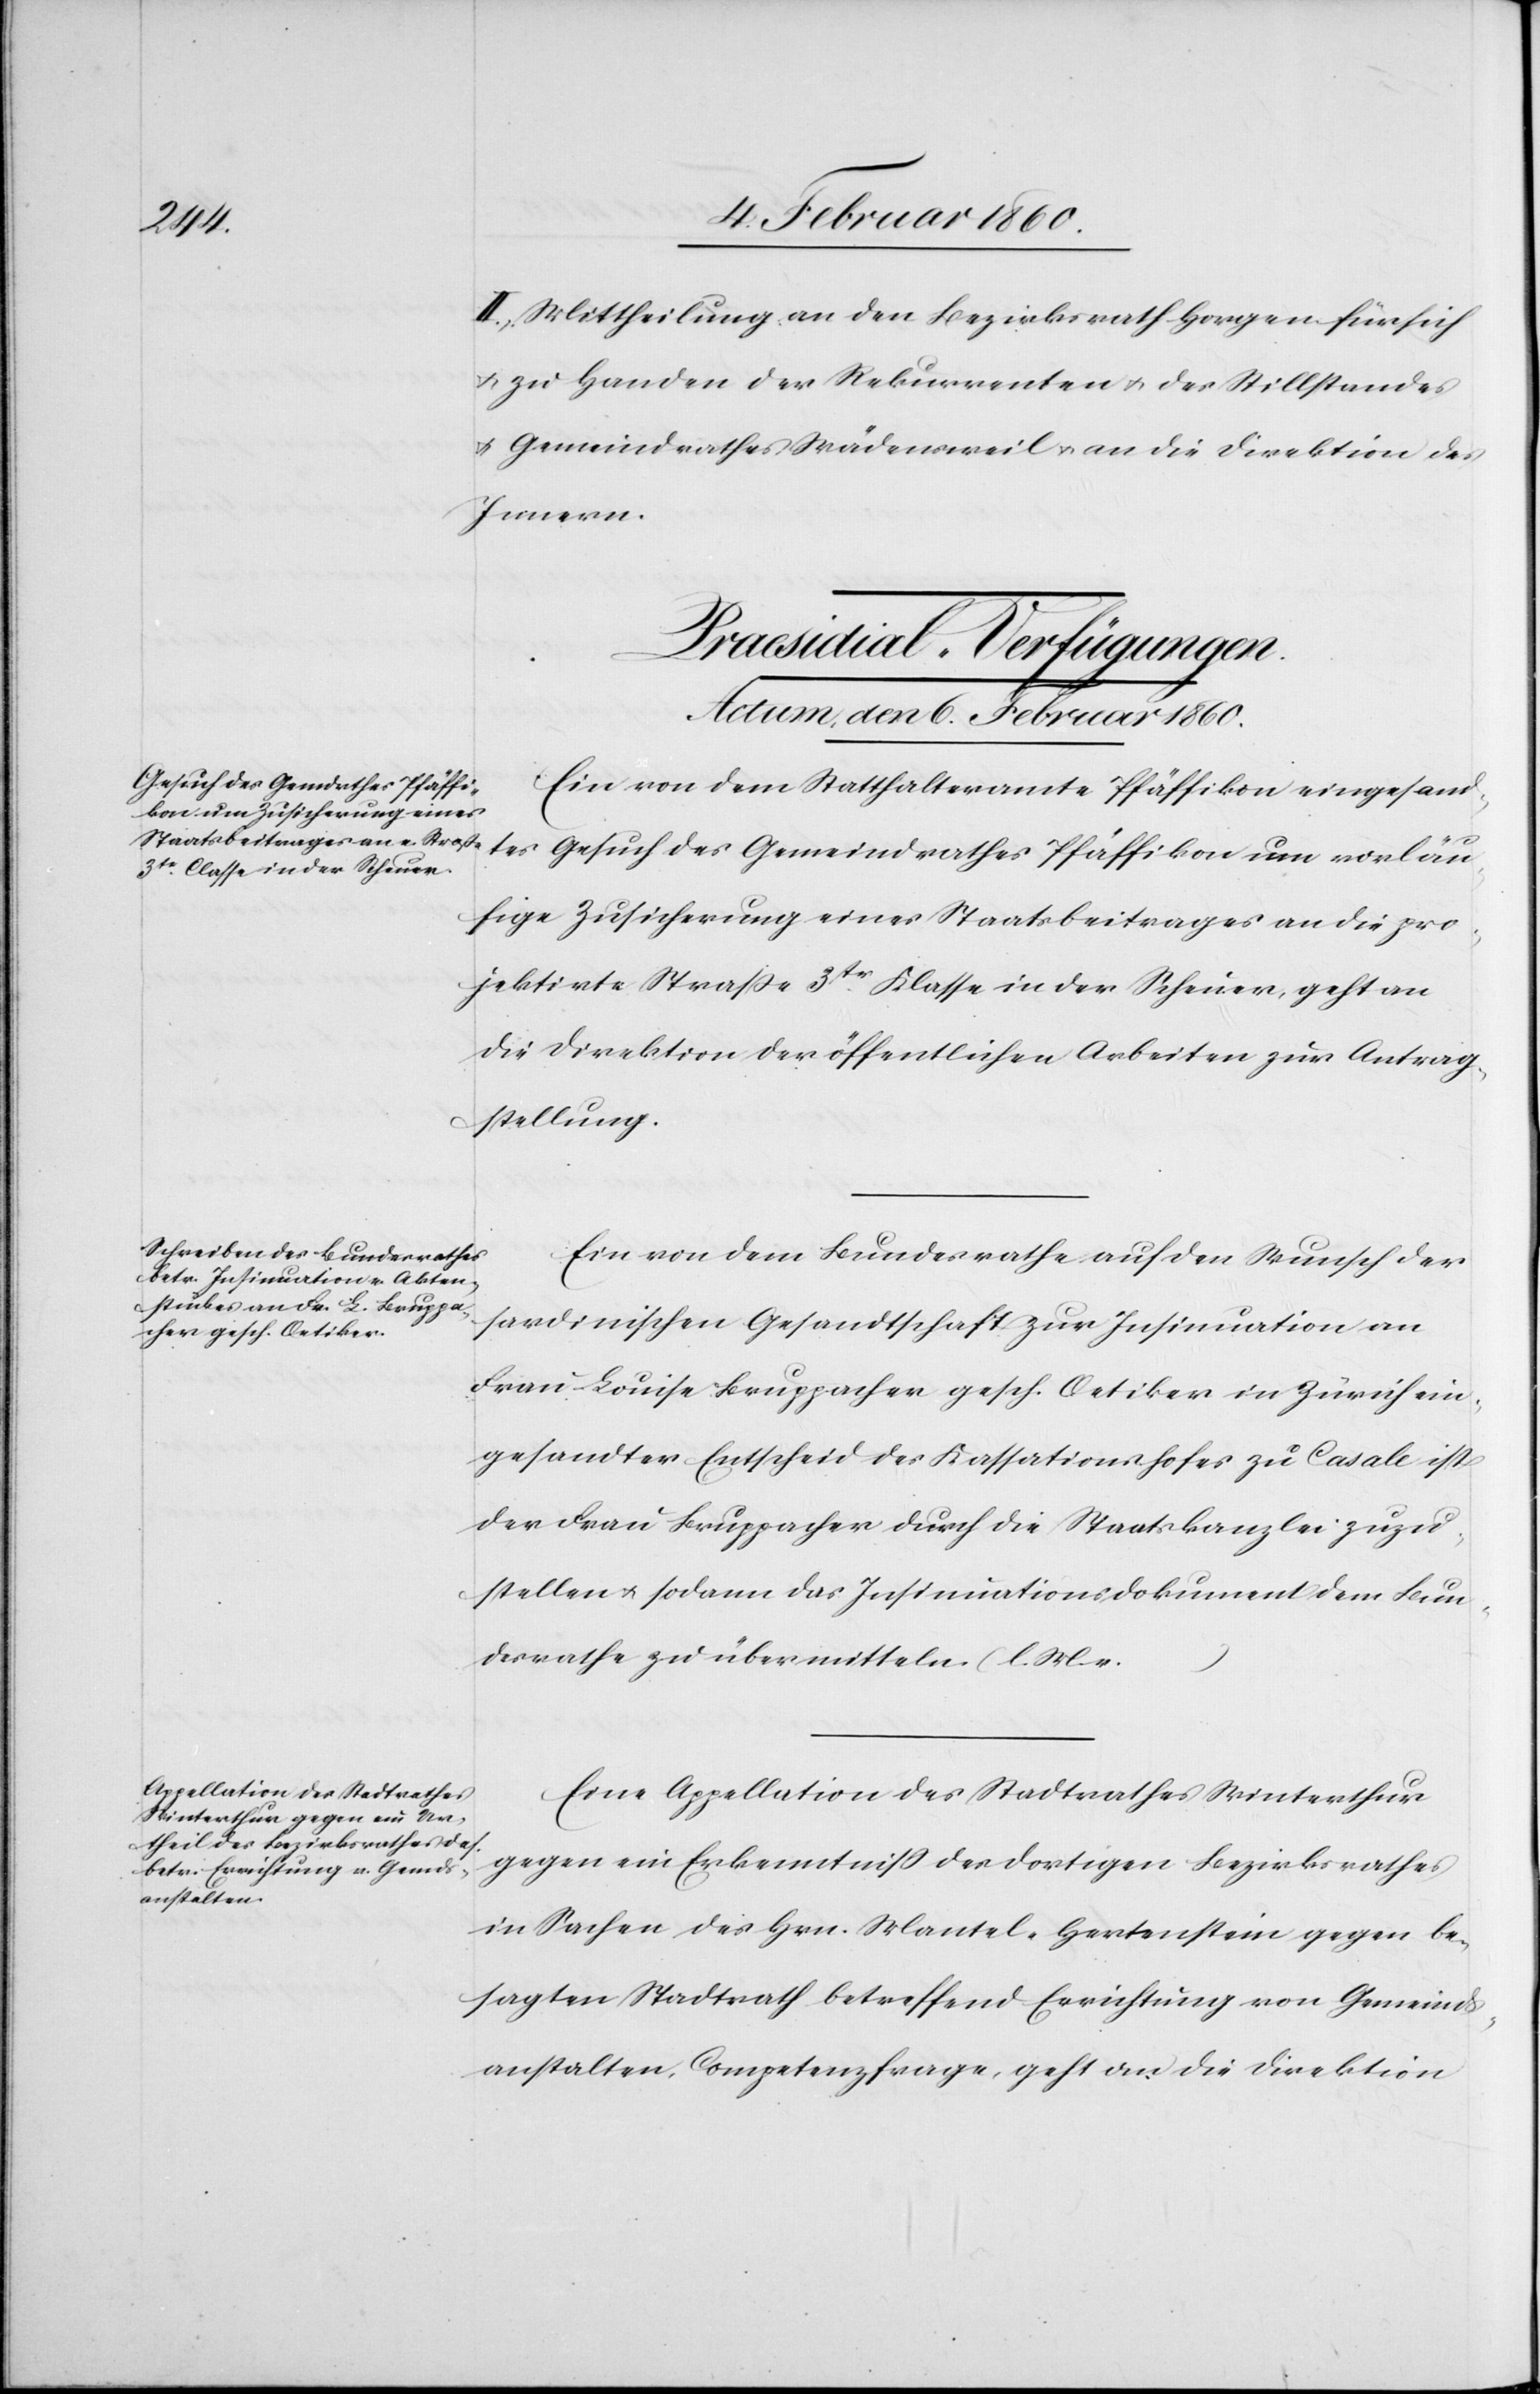
vorläu¬
II. Mittheilung an den Bezirksrath Horgen für sich
u. zu Handen der Rekurrenten u. des Stillstandes
u. Gemeindrathes Wädensweil u. an die Direktion des
Innern.
[Praesidial-Verfügungen.
Actum, den 6. Februar 1860.]
Gesuch des Gemeindrathes Pfäffikon
Ein von dem Statthalteramte Pfäffikon eingesandtes
fige Zusicherung eines Staatsbeitrages an die pro¬
jektirte Strasse 3tr Klasse in der Scheuer, geht an
die Direktion der öffentlichen Arbeiten zur Antrag¬
stellung.
Ein von dem Bundesrathe auf den Wunsch der
sardinischen Gesandtschaft zur Insinuation an
Frau Louise Bruppacher gesch. Oetiker in Zürich ein¬
gesandter Entscheid des Kassationshofes zu Casale ist
der Frau Bruppacher durch die Staatskanzlei zuzu¬
stellen u. sodann das Insinuationsdokument dem Bun¬
desrathe zu übermitteln. (l. M. v.
…)
Eine Appellation des Stadtrathes Winterthur
gegen ein Erkenntniss des dortigen Bezirksrathes
in Sachen des Hrn. Mantel-Hentenstein gegen be¬
sagten Stadtrath betreffend Errichtung von Gemeinds¬
anstalten, Competenzfrage, geht an die Direktion